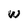
Character: w